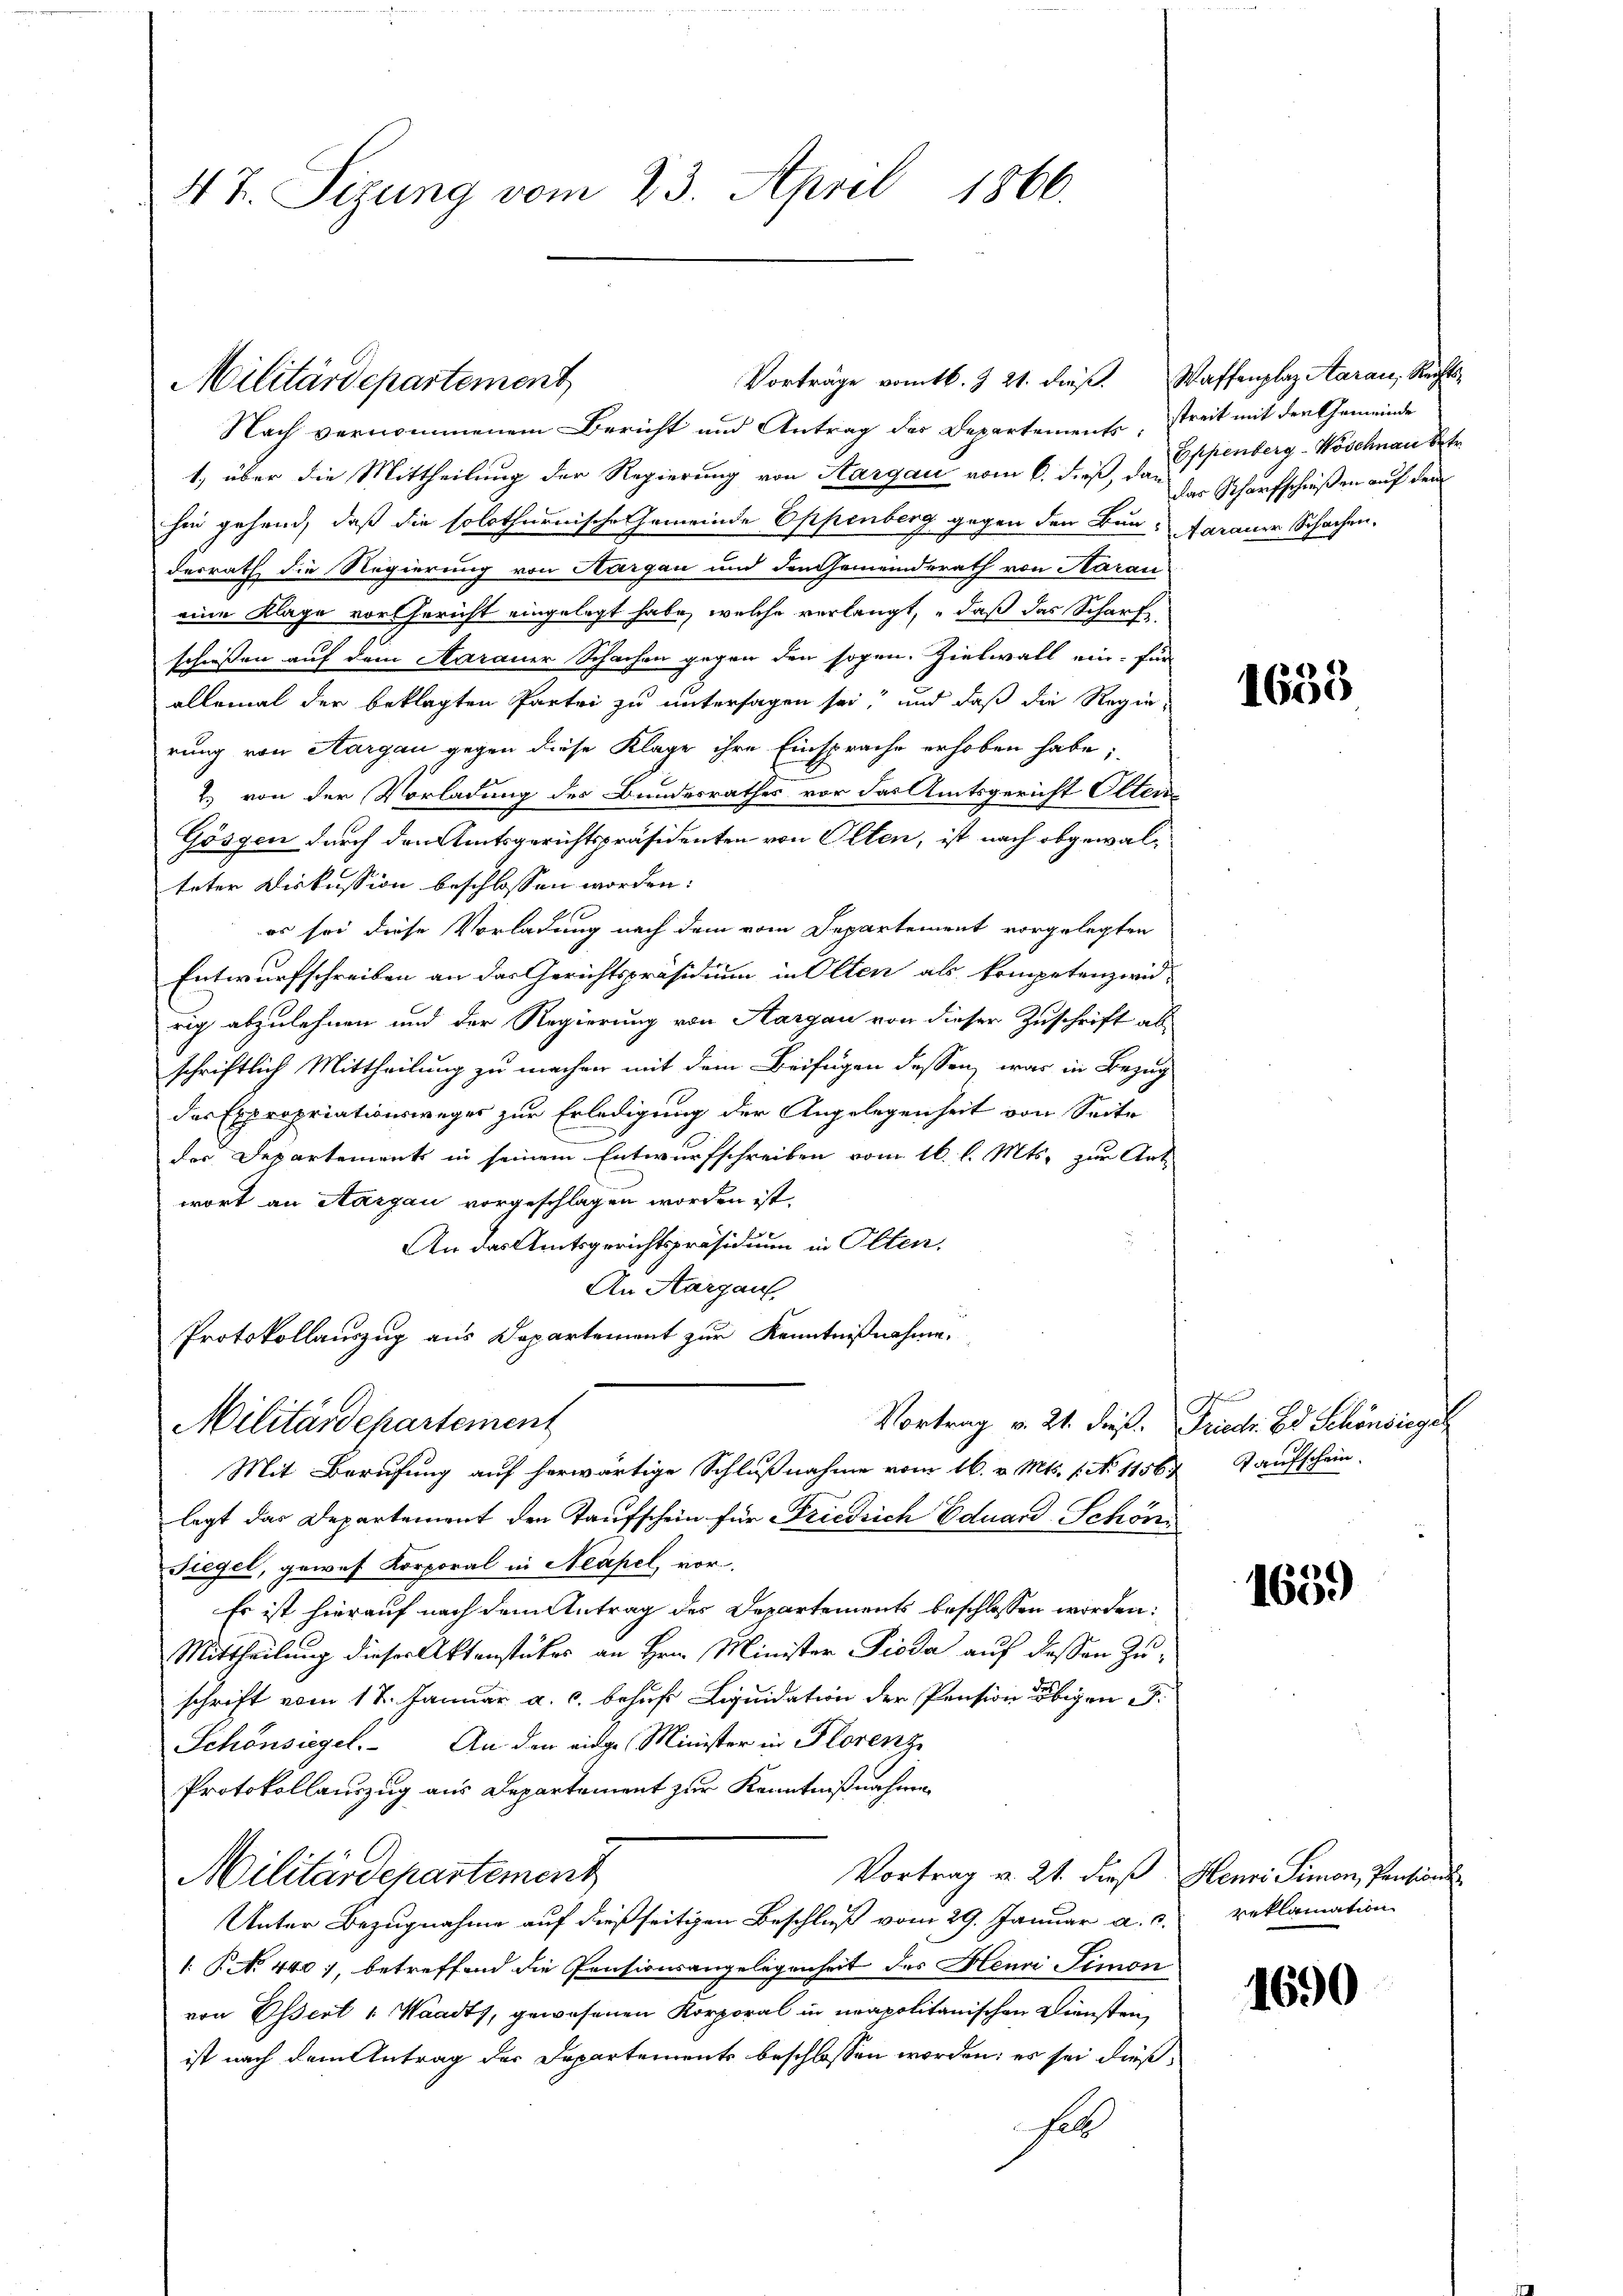
47. Sizung vom 23. April 1866.

Vorträge vom 16. Z. 21. dies. Waffenplaz Aarau, Rechts¬
Militärdepartement

Nach vernommenem Bericht und Antrag des Departements
1, über die Mittheilung der Regierung von Aargau vom 6. dieß, d. J. Spenberg-Wöschnau Str
hin gehend, daß die solothurnische Gemeinde Oppenberg gegen den Bun-Aarauer Schachen.
derrath die Regierung von Aargau und den Gemeinderath von Aarau
eine Klage vor Gericht eingelegt habe, welche verlangt, daß das Scharf
schiessen auf dem Aarauer Schachen gegen den sogen. Zielwall ein für
allemal der beklagten Partei zu untersagen sei, und daß die Regierung von Aargau gegen diese Klage ihre Einsprache erhoben habe;
2. von der Vorladung des Bundesrathes vor das Amtsgericht Oltene
Gösen durch den Amtsgerichtspräsidenten von Olten, ist nach obgewalteter Diskussion beschlossen worden:
er sei diese Vorladung nach dem vom Departement vorgelegten
Entwurfschreiben an das Gerichtspräsidium in Olten als kompetenzwid-
rig abzulehnen und der Regierung von Aargau von dieser Zuschrift als
schriftlich Mittheilung zu machen mit dem Beifügen dessen, war in Bezug
das Expropriationsweges zur Erledigung der Angelegenheit von Seite
des Departements in seinem Entwurfschreiben vom 16. l. Mts. zur Antwort an Aargau vorgeschlagen worden ist.
An das Amtsgerichtspräsidium in Olten,
An Aargau
Protokollauszug aus Departement zur Kenntnißnahme.
Vortrag v. 21. dieß. Friedr. Ed. Schönsiegel
Militärdepartement
Mit Berufung auf herwärtige Schlußnahme vom 16. v. Mts. f. No 1156. Taufschein
legt das Departement den Taufschein für Friedrich Eduard Schön
Siegel, gewes Korporal in Neapel, vor-
Es ist hierauf nach dem Antrag des Departements beschlossen worden:
Mittheilung dieser Aktenstückes an Hrn. Minister Pioda auf dessen Zu-
schrift vom 17. Januar a. c. behuf Liquidation der Pension obigen T
Schönsiegel. An den einge Minister in Florenz
Protokollauszug aus Departement zur Kenntnißnahmen
Vortrag v. 21. dieß
Militärdepartement
Unter Bezugnahme auf dießseitigen Beschluß vom 29. Januar a. c. reklamation
1: No 440, betreffend die Pensionsangelegenheit des Henri Simon
von Essert : Waadt, gewesenen Korporal in unapolitanischen Diensten,
ist nach dem Antrag der Departements beschlossen worden; es sei dießha

streit mit der Gemeinde
das Scharfschießen auf dem

1633

1639

Henri Simon, Pensions

1690